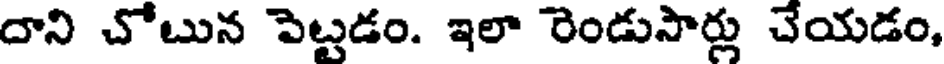
దాని చోబున పెట్టడం. ఇలా రెండుసార్లు చేయడం,